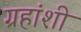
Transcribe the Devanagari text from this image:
ग्रहांशी